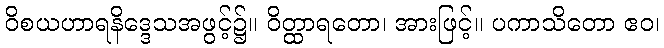
ဝိစယဟာရနိဒ္ဒေသအဖွင့်၌။ ဝိတ္ထာရတော၊ အားဖြင့်။ ပကာသိတော ဧဝ၊